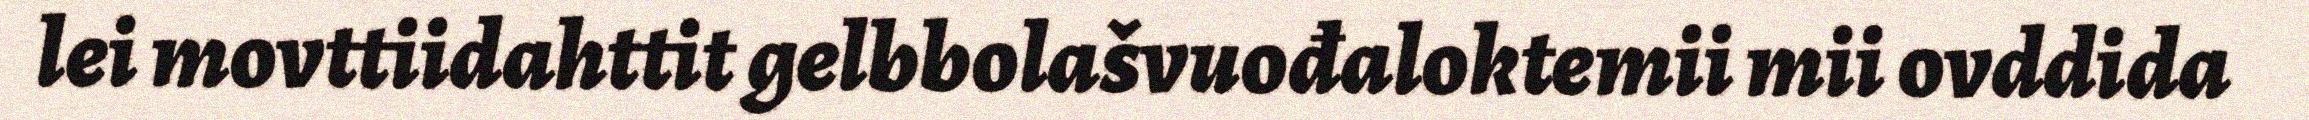
lei movttiidahttit gelbbolašvuođaloktemii mii ovddida